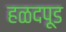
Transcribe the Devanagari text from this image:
हळदपूड